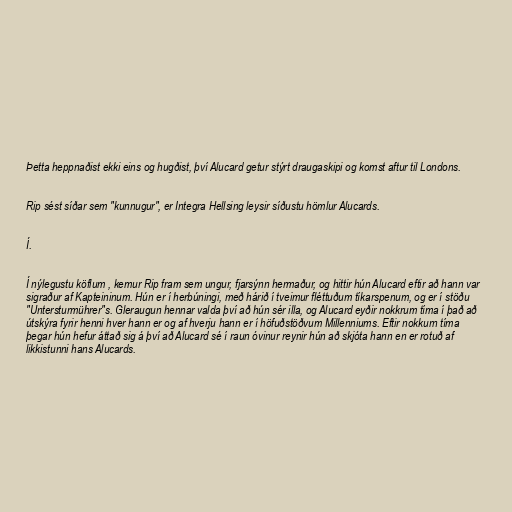
Þetta heppnaðist ekki eins og hugðist, því Alucard getur stýrt draugaskipi og komst aftur til Londons.

Rip sést síðar sem "kunnugur", er Integra Hellsing leysir síðustu hömlur Alucards.

Í.

Í nýlegustu köflum , kemur Rip fram sem ungur, fjarsýnn hermaður, og hittir hún Alucard eftir að hann var
sigraður af Kapteininum. Hún er í herbúningi, með hárið í tveimur fléttuðum tíkarspenum, og er í stöðu
"Untersturmührer"s. Gleraugun hennar valda því að hún sér illa, og Alucard eyðir nokkrum tíma í það að
útskýra fyrir henni hver hann er og af hverju hann er í höfuðstöðvum Millenniums. Eftir nokkurn tíma
þegar hún hefur áttað sig á því að Alucard sé í raun óvinur reynir hún að skjóta hann en er rotuð af
likkistunni hans Alucards.